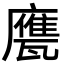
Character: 𢋩